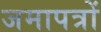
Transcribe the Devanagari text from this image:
जमापत्रों